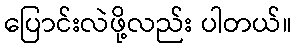
ပြောင်းလဲဖို့လည်း ပါတယ်။